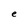
Character: e